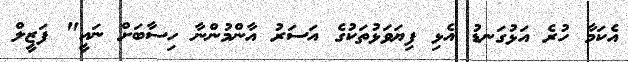
އެކަމާ ހުރެ އަޅުގަނޑު އެޅި ފިޔަވަޅުތަކުގެ އަސަރު އާންމުންނާ ހިސާބަށް ނައީ" ފަޒީލް